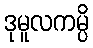
ဒုမူလကမ္ပိ